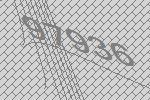
97936